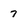
Character: 7